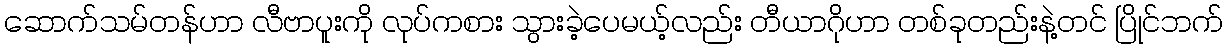
ဆောက်သမ်တန်ဟာ လီဗာပူးကို လုပ်ကစား သွားခဲ့ပေမယ့်လည်း တီယာဂိုဟာ တစ်ခုတည်းနဲ့တင် ပြိုင်ဘက်